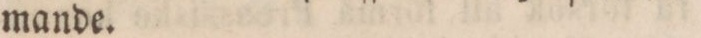
mande.